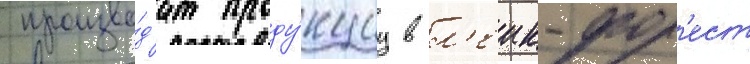
произво́д'ит проду́кциу в л'еик-фор'ест